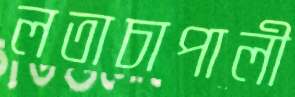
লতাচাপালী